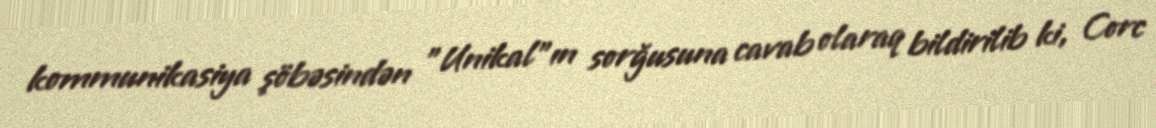
kommunikasiya şöbəsindən "Unikal"ın sorğusuna cavab olaraq bildirilib ki, Corc